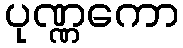
ပုဏ္ဏကော